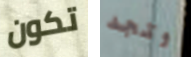
تكون وتجد